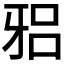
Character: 𱭦